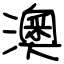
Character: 澳